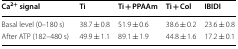
<table><thead><tr><td><b>Ca<sup>2+</sup> signal</b></td><td><b>Ti</b></td><td><b>Ti + PPAAm</b></td><td><b>Ti + Col</b></td><td><b>IBIDI</b></td></tr></thead><tbody><tr><td>Basal level (0–180 s)</td><td>38.7 ± 0.8</td><td>51.9 ± 0.6</td><td>38.6 ± 0.2</td><td>23.6 ± 0.8</td></tr><tr><td>After ATP (182–480 s)</td><td>49.9 ± 1.1</td><td>89.1 ± 1.9</td><td>44.8 ± 1.6</td><td>17.2 ± 0.1</td></tr></tbody></table>